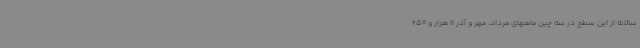
سالانه از این سطح در سه چین ماههای مرداد، مهر و آذر 11 هزار و 250